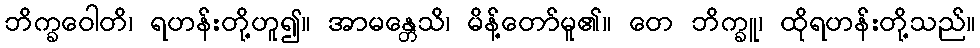
ဘိက္ခဝေါတိ၊ ရဟန်းတို့ဟူ၍။ အာမန္တေသိ၊ မိန့်တော်မူ၏။ တေ ဘိက္ခူ၊ ထိုရဟန်းတို့သည်။